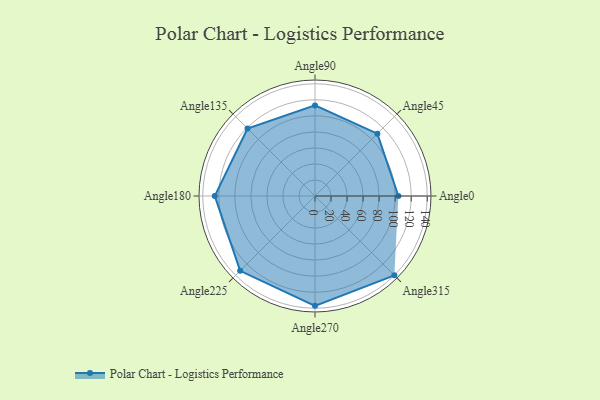
{"axis": {"x": "Angle", "y": "Radius"}, "legend": [""], "data": [{"x": "Angle0", "y": 104.0, "type": ""}, {"x": "Angle45", "y": 110.0, "type": ""}, {"x": "Angle90", "y": 113.0, "type": ""}, {"x": "Angle135", "y": 119.0, "type": ""}, {"x": "Angle180", "y": 125.0, "type": ""}, {"x": "Angle225", "y": 132.0, "type": ""}, {"x": "Angle270", "y": 137.0, "type": ""}, {"x": "Angle315", "y": 140.0, "type": ""}]}